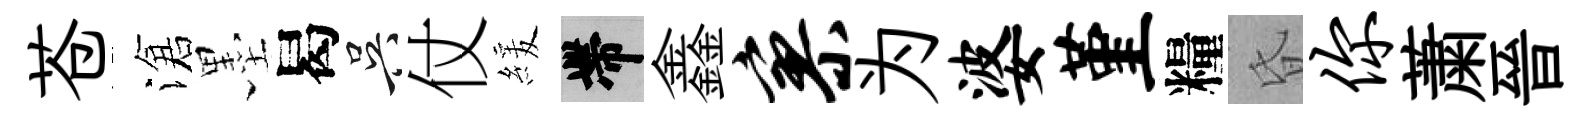
苍滄墨曷吴仗緩帶鑫寥为婆堇糧昏你䔥晉